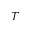
T